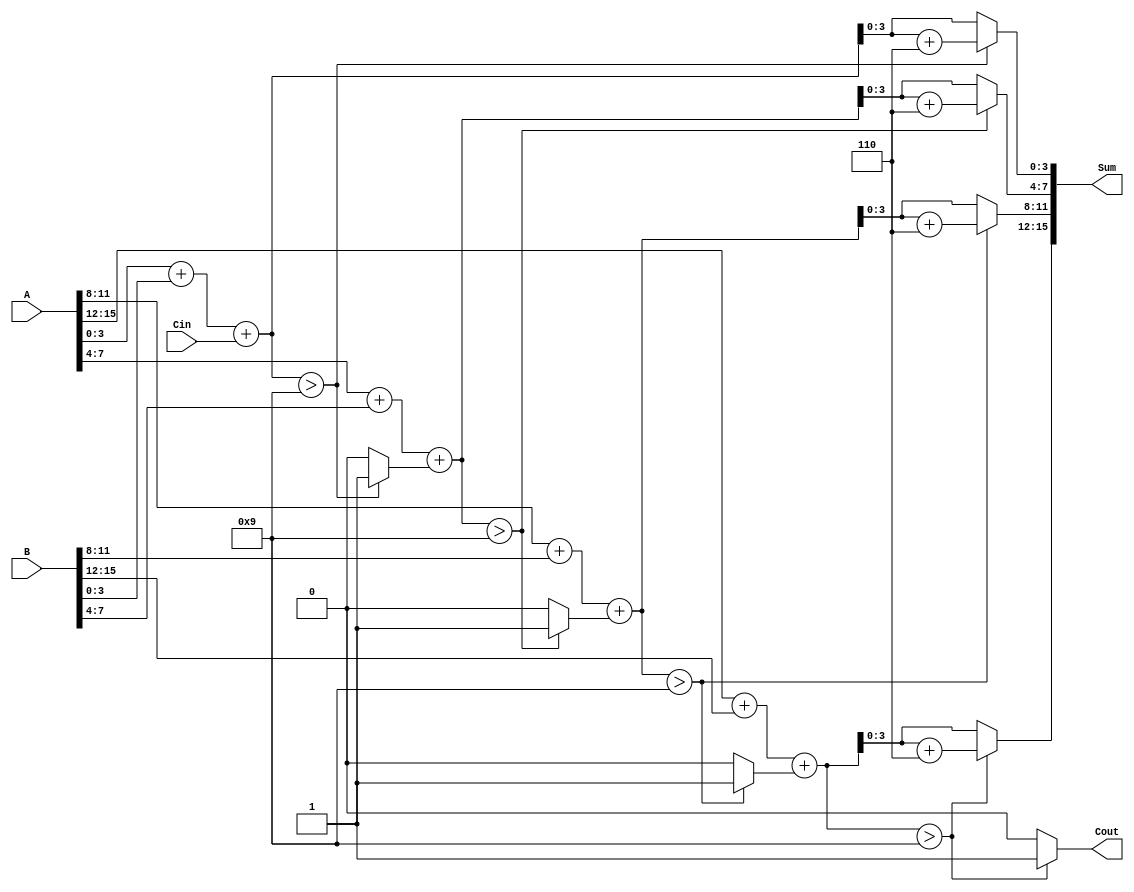
module BCD_Redundant_Binary_Adder (
    input [15:0] A,      // First BCD input in redundant binary format (4 digits)
    input [15:0] B,      // Second BCD input in redundant binary format (4 digits)
    input Cin,           // Carry input
    output reg [15:0] Sum, // BCD output in redundant binary format
    output reg Cout      // Carry output
);

    // Internal signals
    reg [4:0] temp_sum; // Temporary sum for each digit (5 bits to accommodate carry)
    reg carry;          // Carry for the next digit

    integer i;

    always @(*) begin
        carry = Cin; // Initialize carry with the input carry
        Sum = 0;     // Initialize Sum to 0
        Cout = 0;    // Initialize Cout to 0

        for (i = 0; i < 4; i = i + 1) begin
            // Add corresponding digits and carry
            temp_sum = A[i*4 +: 4] + B[i*4 +: 4] + carry;

            // Check if the sum exceeds BCD limit (9)
            if (temp_sum > 9) begin
                // Apply correction by adding 6 (0110)
                temp_sum = temp_sum + 5'b00110;
                carry = 1; // Set carry for the next digit
            end else begin
                carry = 0; // No carry to propagate
            end

            // Assign the lower 4 bits of temp_sum to the corresponding digit of Sum
            Sum[i*4 +: 4] = temp_sum[3:0];
        end

        // Set the carry out
        Cout = carry;
    end

endmodule